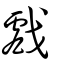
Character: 戲